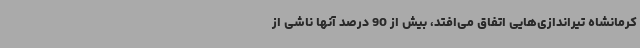
کرمانشاه تیراندازی‌هایی اتفاق می‌افتد، بیش از 90 درصد آنها ناشی از